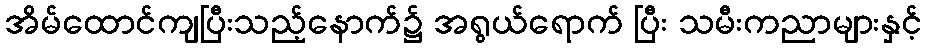
အိမ်ထောင်ကျပြီးသည့်နောက်၌ အရွယ်ရောက် ပြီး သမီးကညာများနှင့်